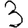
Digit: 3